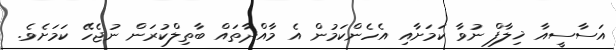
އަސާސީއާ ޚިލާފް ނުވާ ކަމަށާއި އެހެންކަމުން އެ މާއްދާތައް ބާތިލްކުރަން ނުޖެހޭ ކަމަށެވެ.